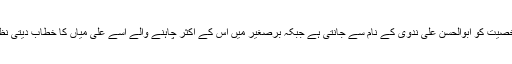
دنیا اس شخصیت کو ابوالحسن علی ندوی کے نام سے جانتی ہے جبکہ برصغیر میں اس کے اکثر چاہنے والے اسے علی میاں کا خطاب دیتی نظر آتی ہے۔